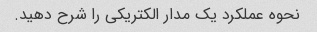
نحوه عملکرد یک مدار الکتریکی را شرح دهید.